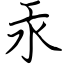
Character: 汞